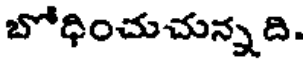
బోధించుచున్నది.